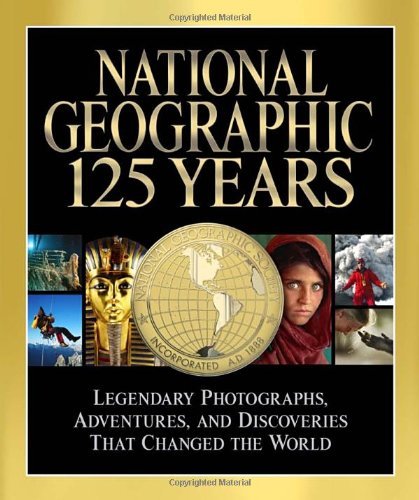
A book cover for National Geographic 125 Years: Legendary Photographs, Adventures, and Discoveries That Changed the World; Mark Collins Jenkins; Arts & Photography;